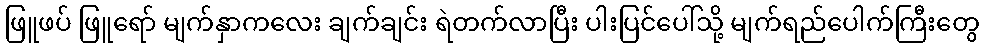
ဖြူဖပ် ဖြူရော် မျက်နှာကလေး ချက်ချင်း ရဲတက်လာပြီး ပါးပြင်ပေါ်သို့ မျက်ရည်ပေါက်ကြီးတွေ